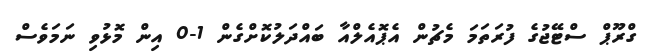
ގްރޫޕް ސްޓޭޖުގެ ފުރަތަމަ މެޗުން އެޕޮއެލްއާ ބައްދަލުކޮށްގެން 1-0 އިން މޮޅުވި ނަމަވެސް